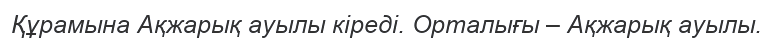
Құрамына Ақжарық ауылы кіреді. Орталығы – Ақжарық ауылы.